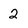
Character: 2